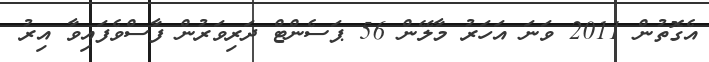
އެގޮތުން 2011 ވަނަ އަހަރު މާލޭން 56 ޕަސެންޓް ދަރިވަރުން ފާސްވެފައިވާ އިރު